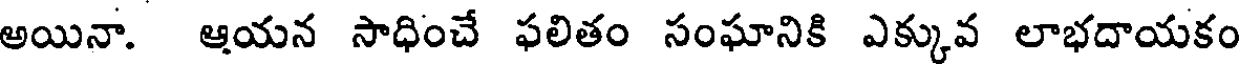
అయినా. ఆయన సాధించే ఫలితం సంఘానికి ఎక్కువ లాభదాయకం